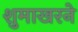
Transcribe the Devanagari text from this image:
शुमाखरने